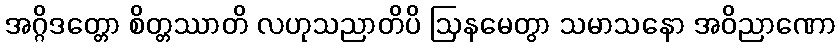
အဂ္ဂိဒတ္တော စိတ္တဿာတိ လဟုသညာတိပိ ဩနမေတွာ သမာသနော အဝိညာဏော